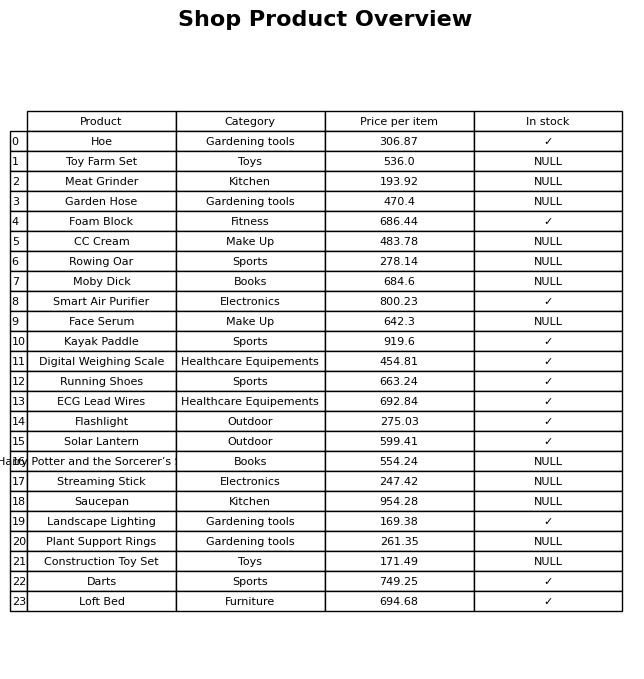
question: Is the Streaming Stick in stock?
answer: NULL